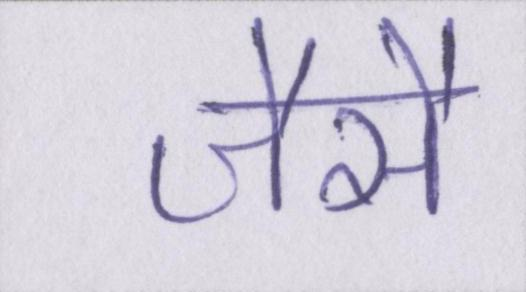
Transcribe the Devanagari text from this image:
जैसै